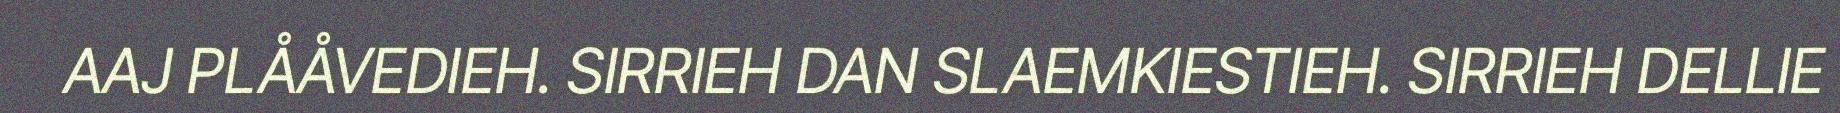
AAJ PLÅÅVEDIEH. SIRRIEH DAN SLAEMKIESTIEH. SIRRIEH DELLIE